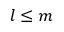
l \leq m